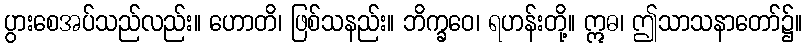
ပွားစေအပ်သည်လည်း။ ဟောတိ၊ ဖြစ်သနည်း။ ဘိက္ခဝေ၊ ရဟန်းတို့။ ဣဓ၊ ဤသာသနာတော်၌။